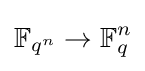
\mathbb {F} _{q^{n}}\to \mathbb {F} _{q}^{n}